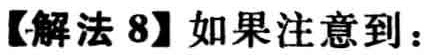
【解法 8】如果注意到：